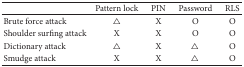
<table><thead><tr><td><b> </b></td><td><b>Pattern lock</b></td><td><b>PIN</b></td><td><b>Password</b></td><td><b>RLS</b></td></tr></thead><tbody><tr><td>Brute force attack</td><td>△</td><td>X</td><td>O</td><td>O</td></tr><tr><td>Shoulder surfing attack</td><td>X</td><td>X</td><td>O</td><td>O</td></tr><tr><td>Dictionary attack</td><td>△</td><td>X</td><td>△</td><td>O</td></tr><tr><td>Smudge attack</td><td>X</td><td>X</td><td>△</td><td>O</td></tr></tbody></table>